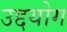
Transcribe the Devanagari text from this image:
उद्दयोग